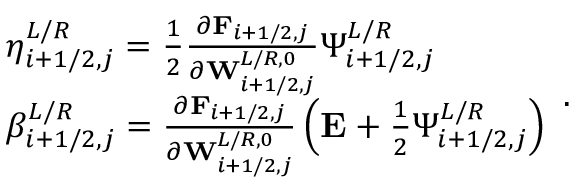
\begin{array} { r l } & { \eta _ { i + 1 / 2 , j } ^ { L / R } = \frac { 1 } { 2 } \frac { \partial \mathbf { F } _ { i + 1 / 2 , j } } { \partial \mathbf { W } _ { i + 1 / 2 , j } ^ { L / R , 0 } } \Psi _ { i + 1 / 2 , j } ^ { L / R } } \\ & { \beta _ { i + 1 / 2 , j } ^ { L / R } = \frac { \partial \mathbf { F } _ { i + 1 / 2 , j } } { \partial \mathbf { W } _ { i + 1 / 2 , j } ^ { L / R , 0 } } \left( \mathbf { E } + \frac { 1 } { 2 } \Psi _ { i + 1 / 2 , j } ^ { L / R } \right) } \end{array} .